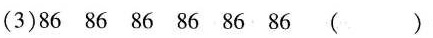
（3）86 86 86 86 86 86 （）